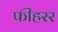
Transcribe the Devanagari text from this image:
फीहरर